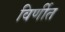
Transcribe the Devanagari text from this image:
विर्णीत